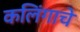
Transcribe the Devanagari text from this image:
कलिंगाचे